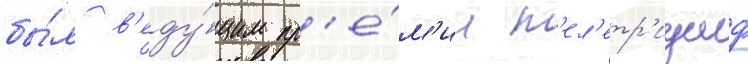
бы́л в'еду́щим пр'е́м'ии т'ел'етр'иумф